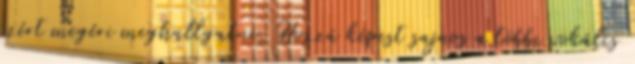
ezért megéri meghallgatni. Hozzá képest sajnos a többi vokális